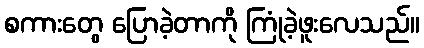
စကားတွေ ပြောခဲ့တာကို ကြုံခဲ့ဖူးလေသည်။